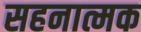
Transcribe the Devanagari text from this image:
सहनात्मक